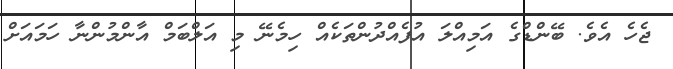
ޖެހެ އެވެ. ބޭންޑްގެ އަމިއްލަ އުފެއްދުންތަކެއް ހިމެނޭ މި އަލްބަމް އާންމުންނާ ހަމައަށް